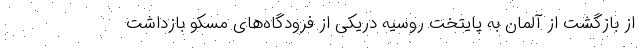
از بازگشت از آلمان به پایتخت روسیه دریکی از فرودگاه‌های مسکو بازداشت